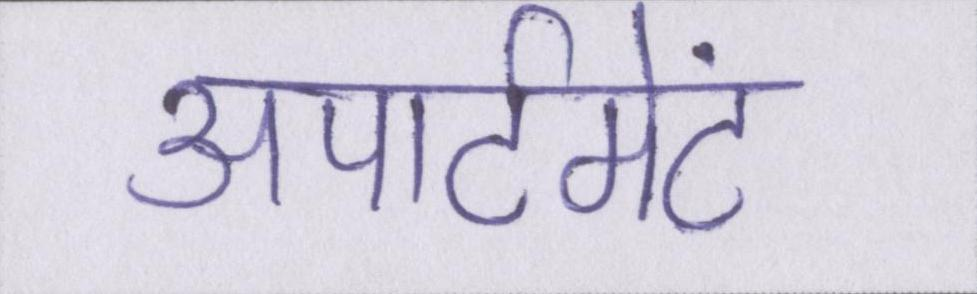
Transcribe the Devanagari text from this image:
अपार्टमेंट